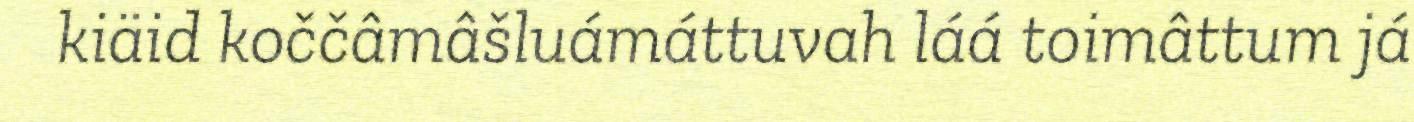
kiäid koččâmâšluámáttuvah láá toimâttum já